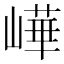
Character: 㠏